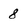
Character: 8